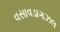
વસાવડાગઝલ